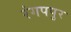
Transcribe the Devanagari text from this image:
रंगपपुर